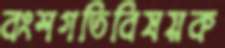
বংশগতিবিষয়ক